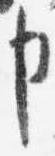
申